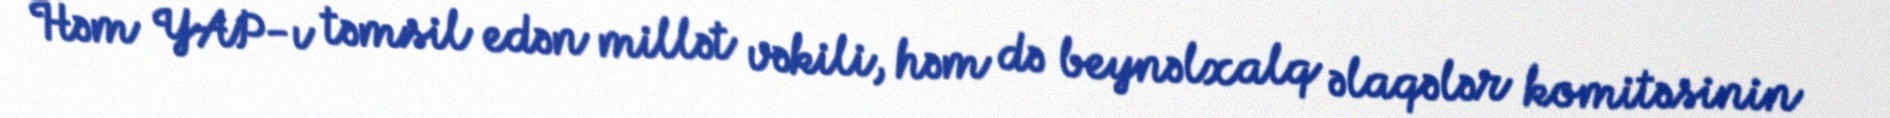
Həm YAP-ı təmsil edən millət vəkili, həm də beynəlxalq əlaqələr komitəsinin